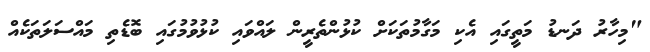
"މިހާރު ދަނޑު މަތީގައި އެކި މަގާމުތަކަށް ކުޅުންތެރީން ލައްވައި ކުޅުވުމުގައި ބޮޑެތި މައްސަލަތަކެއް